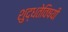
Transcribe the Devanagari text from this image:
शुद्धतेविषयी